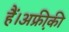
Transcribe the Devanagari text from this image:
हैं।अफ्री़की